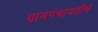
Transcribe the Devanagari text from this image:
ग्रामपंचायतींचे